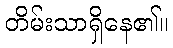
တိမ်းသာရှိနေ၏။